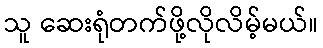
သူ ဆေးရုံတက်ဖို့လိုလိမ့်မယ်။